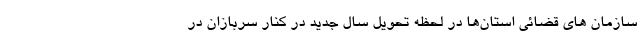
سازمان های قضائی استان‌ها در لحظه تحویل سال جدید در کنار سربازان در